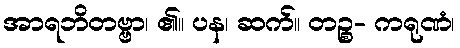
အာရဘိတဗ္ဗာ၊ ၏။ ပန၊ ဆက်။ တဉ္စ- ကရုဏံ၊